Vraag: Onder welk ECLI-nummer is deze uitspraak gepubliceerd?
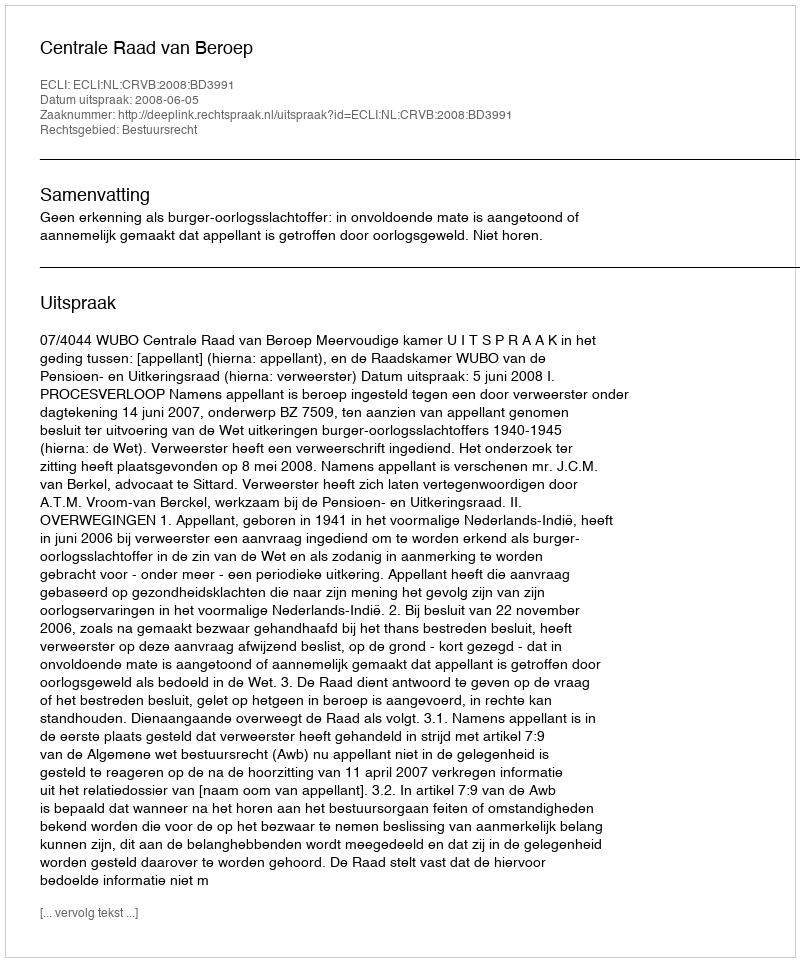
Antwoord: ECLI:NL:CRVB:2008:BD3991